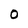
Character: o